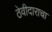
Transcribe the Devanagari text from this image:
ठेवीदाराचा